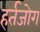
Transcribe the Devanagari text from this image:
हर्तजोग